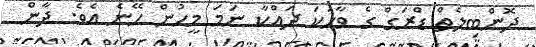
ދޮންބިލެތް ޑްރަގް ގެ ވާހަކަ ދައްކާ ނަމަ މީހުން ހޭނެ އެވެ. ދާން